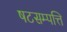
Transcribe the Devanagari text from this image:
षटसम्पत्ति